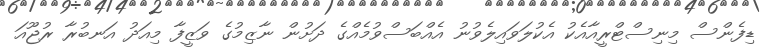
ޑިފެންސް މިނިސްޓްރީއާއެކު އެކުލަވައިލެވުނު އެއްބަސްވުމެއްގެ ދަށުން ނާޒިމުގެ ވަޒީފާ މިއަދު އަނބުރާ ރުޖޫއަ